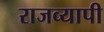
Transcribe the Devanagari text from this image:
राजव्यापी